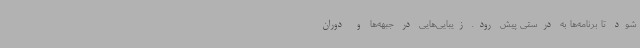
شود تا برنامه‌ها به درستی پیش رود. زیبایی‌هایی در جبهه‌ها و دوران